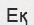
Еқ